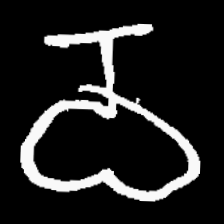
Pyu character \u2014 Myanmar letter: ဝ (romanized: wa)